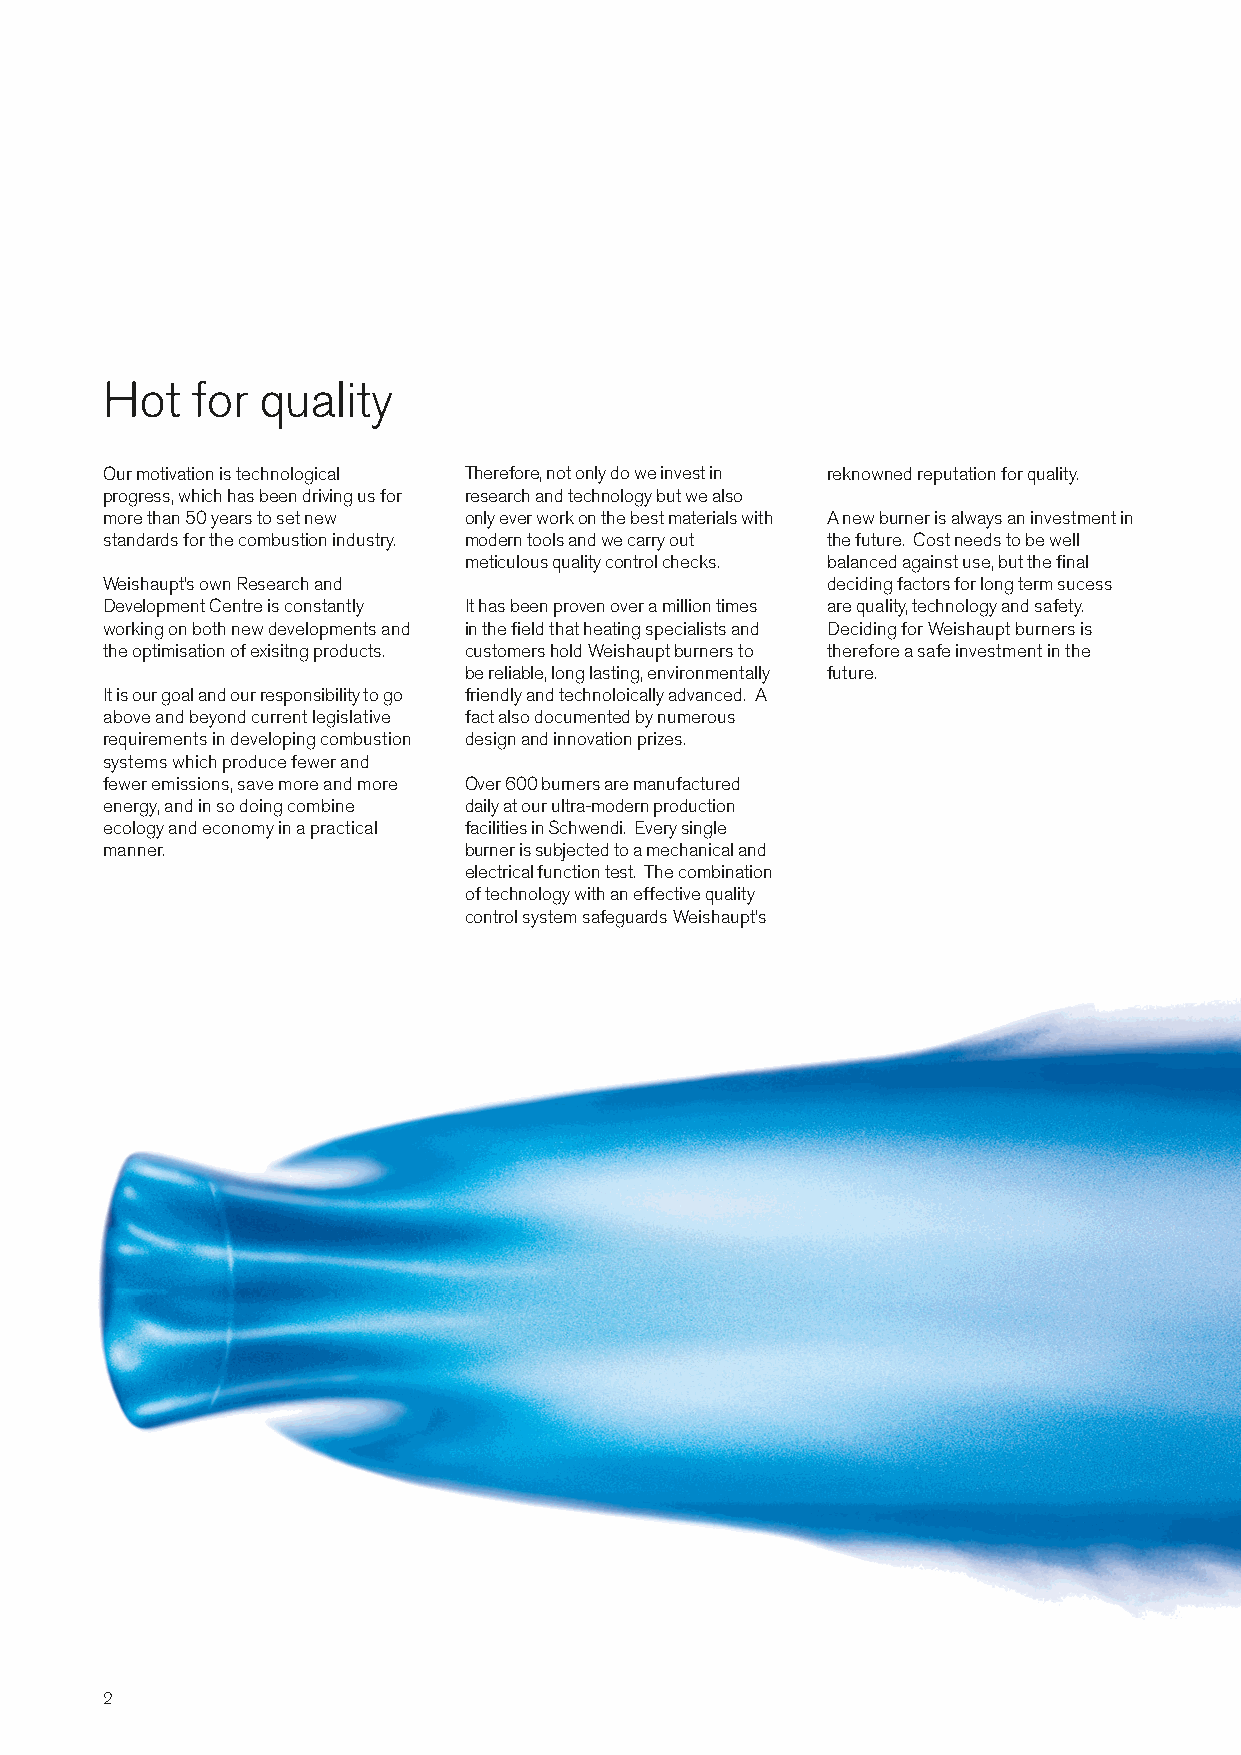
Hot   for quality
 Our motivation is technological Therefore, not only do we invest in reknowned reputation for quality.
 progress, which has been driving us for research and technology but we also
 more than 50 years to set new only ever work on the best materials with A new burner is always an investment in
 standards for the combustion industry. modern tools and we carry out the future. Cost needs to be well
 meticulous quality control checks. balanced against use, but the final
 Weishaupt’s own Research and                    deciding factors for long term sucess
 Development Centre is constantly It has been proven over a million times are quality, technology and safety.
 working on both new developments and in the field that heating specialists and Deciding for Weishaupt burners is
 the optimisation of exisitng products. customers hold Weishaupt burners to therefore a safe investment in the
 be reliable, long lasting, environmentally future.
 It is our goal and our responsibilityto go friendly and technoloically advanced. A
 above and beyond current legislative fact also documented by numerous
 requirements in developing combustion design and innovation prizes.
 systems which produce fewer and
 fewer emissions, save more and more Over 600 burners are manufactured
 energy, and in so doing combine daily at our ultra-modern production
 ecology and economy in a practical facilities in Schwendi. Every single
 manner.                 burner is subjected to a mechanical and
 electrical function test. The combination
 of technology with an effective quality
 control system safeguards Weishaupt’s
 2